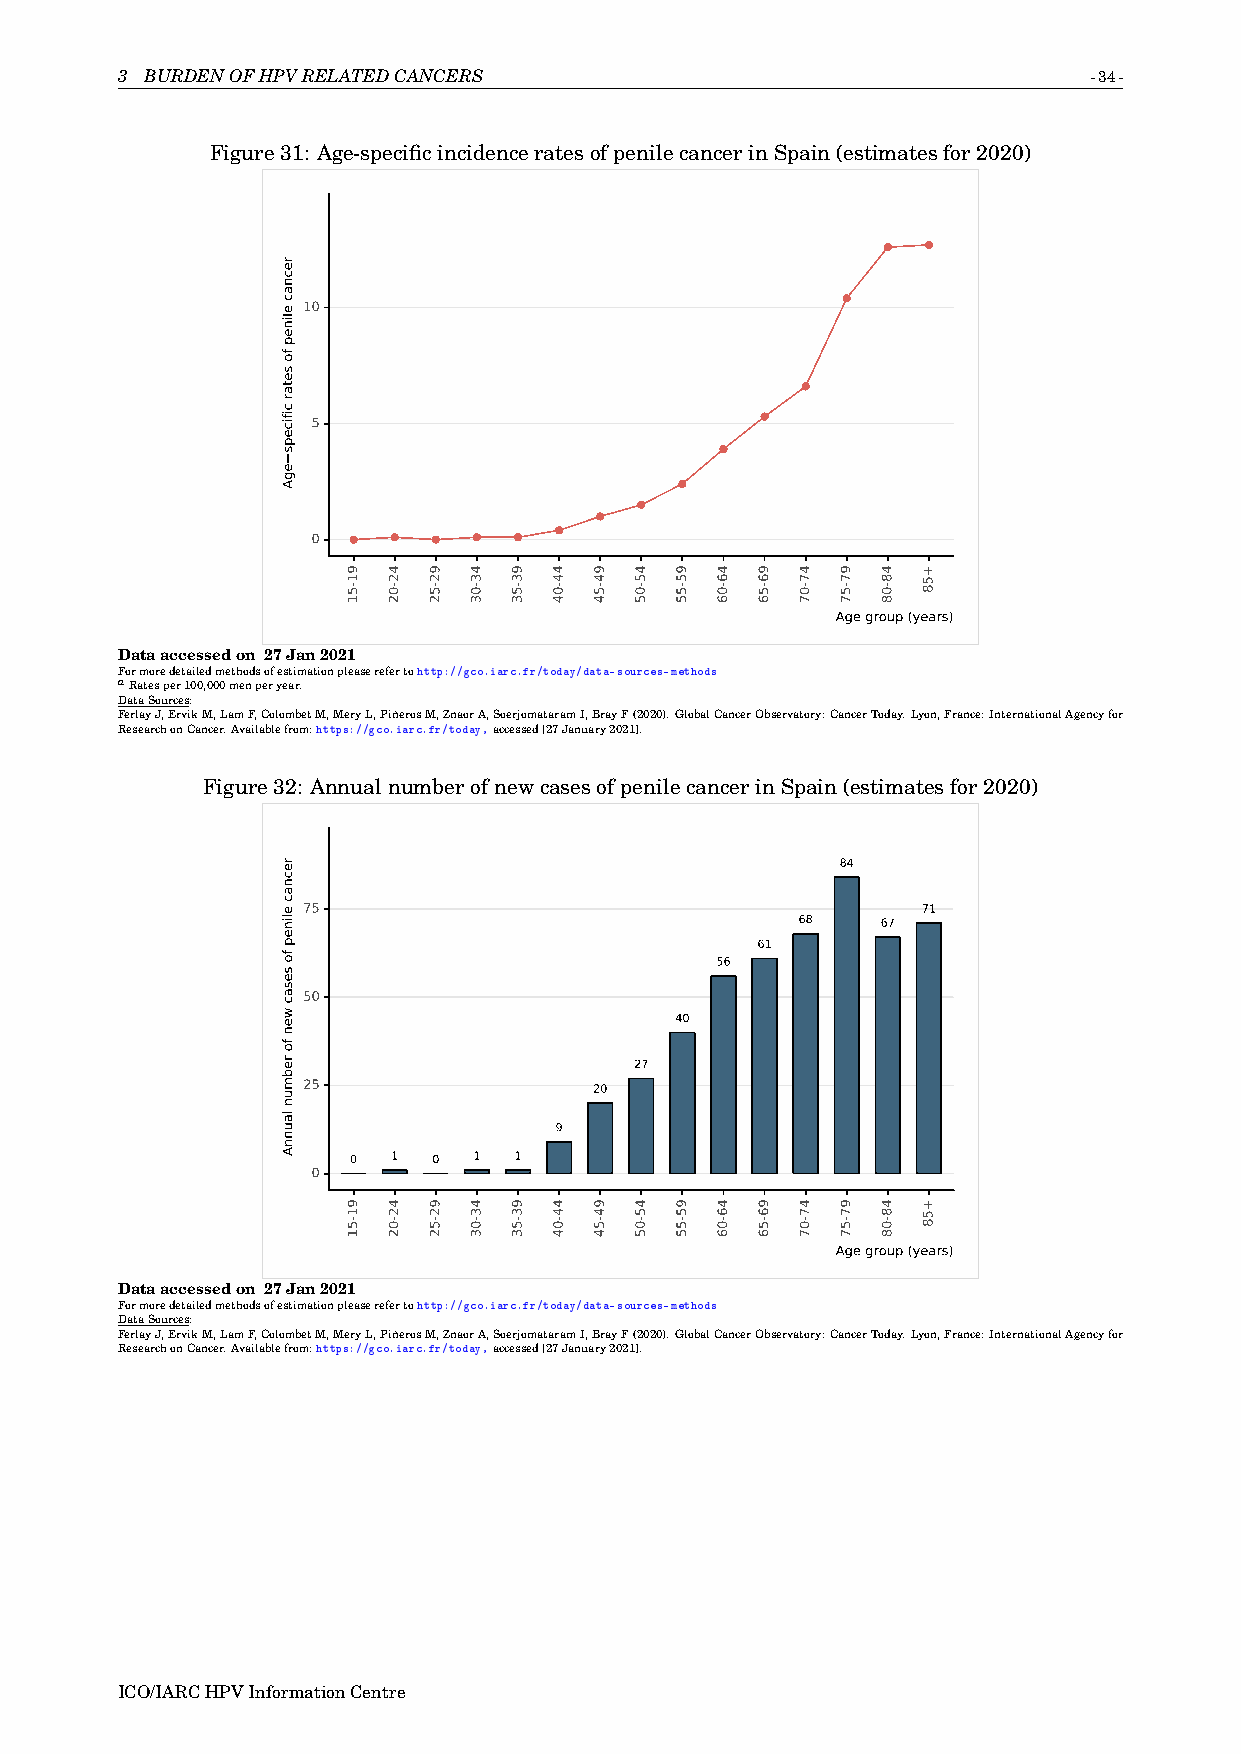
3 BURDENOFHPVRELATEDCANCERS                                     -34-
 Figure31: Age-specificincidenceratesofpenilecancerinSpain(estimatesfor2020)
 10
 5
 0
 Age group (years)
 Dataaccessedon 27Jan2021
 Formoredetailedmethodsofestimationpleaserefertohttp://gco.iarc.fr/today/data-sources-methods
 aRatesper100,000menperyear.
 DataSources:
 FerlayJ,ErvikM,LamF,ColombetM,MeryL,PiñerosM,ZnaorA,SoerjomataramI,BrayF(2020).GlobalCancerObservatory:CancerToday.Lyon,France:InternationalAgencyfor
 ResearchonCancer.Availablefrom:https://gco.iarc.fr/today,accessed[27January2021].
 Figure32: AnnualnumberofnewcasesofpenilecancerinSpain(estimatesfor2020)
 84
 75                                       71
 68   67
 61
 56
 50
 40
 27
 25                 20
 9
 0  1  0 1  1
 0
 Age group (years)
 Dataaccessedon 27Jan2021
 Formoredetailedmethodsofestimationpleaserefertohttp://gco.iarc.fr/today/data-sources-methods
 DataSources:
 FerlayJ,ErvikM,LamF,ColombetM,MeryL,PiñerosM,ZnaorA,SoerjomataramI,BrayF(2020).GlobalCancerObservatory:CancerToday.Lyon,France:InternationalAgencyfor
 ResearchonCancer.Availablefrom:https://gco.iarc.fr/today,accessed[27January2021].
 ICO/IARCHPVInformationCentre
 recnac
 elinep
 fo
 setar
 cificeps
 egA
 recnac
 elinep
 fo
 sesac
 wen
 fo
 rebmun
 launnA
 91-51
 91-51
 42-02
 42-02
 92-52
 92-52
 43-03
 43-03
 93-53
 93-53
 44-04
 44-04
 94-54
 94-54
 45-05
 45-05
 95-55
 95-55
 46-06
 46-06
 96-56
 96-56
 47-07
 47-07
 97-57
 97-57
 48-08
 48-08
 +58
 +58